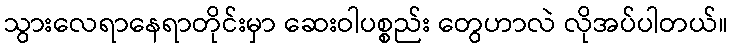
သွားလေရာနေရာတိုင်းမှာ ဆေးဝါပစ္စည်း တွေဟာလဲ လိုအပ်ပါတယ်။